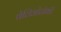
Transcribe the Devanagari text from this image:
थेलिओटोकी